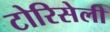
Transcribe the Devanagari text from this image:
टोरिसेली